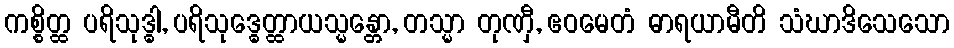
ကစ္စိတ္ထ ပရိသုဒ္ဓါ, ပရိသုဒ္ဓေတ္ထာယသ္မန္တော, တသ္မာ တုဏှီ, ဧဝမေတံ ဓာရယာမီတိ သံဃာဒိသေသော